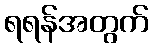
ရရန်အတွက်